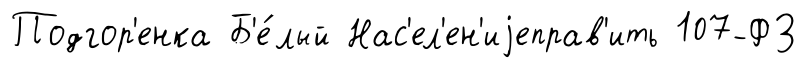
Подгор'енка Б'е́лый Нас'ел'ен'иjеправ'ить 107-ФЗ